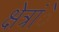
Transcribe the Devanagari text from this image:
क्षेत्रांे